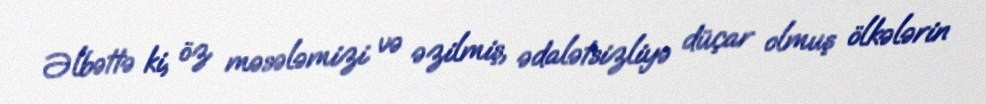
Əlbəttə ki, öz məsələmizi və əzilmiş, ədalətsizliyə düçar olmuş ölkələrin